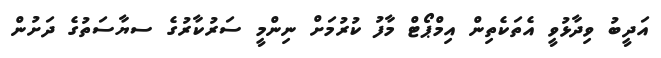
އަދީބު ވިދާޅުވީ އެތަކެތިން އިމްޕޯޓް މާފު ކުރުމަށް ނިންމީ ސަރުކާރުގެ ސޔާސަތުގެ ދަށުން